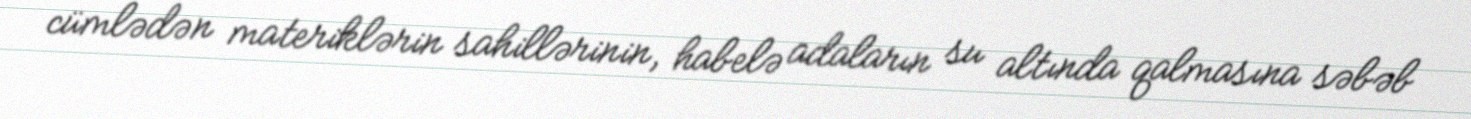
cümlədən materiklərin sahillərinin, habelə adaların su altında qalmasına səbəb